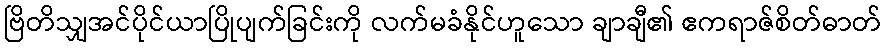
ဗြိတိသျှအင်ပိုင်ယာပြိုပျက်ခြင်းကို လက်မခံနိုင်ဟူသော ချာချီ၏ ဧကရာဇ်စိတ်ဓာတ်